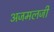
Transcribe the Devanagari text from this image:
अजमलजी